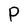
Character: P